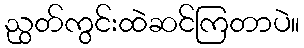
ညွတ်ကွင်းထဲဆင်ကြတာပဲ။